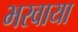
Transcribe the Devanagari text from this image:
भरवाया